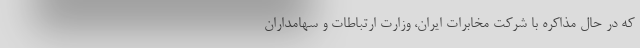
که در حال مذاکره با شرکت مخابرات ایران، وزارت ارتباطات و سهامداران